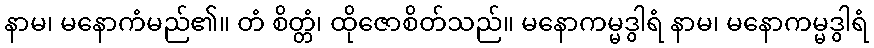
နာမ၊ မနောကံမည်၏။ တံ စိတ္တံ၊ ထိုဇောစိတ်သည်။ မနောကမ္မဒွါရံ နာမ၊ မနောကမ္မဒွါရံ